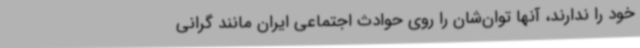
خود را ندارند، آنها توان‌شان را روی حوادث اجتماعی ایران مانند گرانی